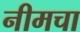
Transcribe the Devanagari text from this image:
नीमचा